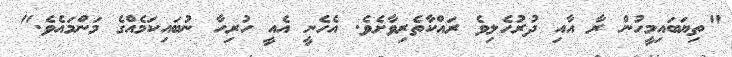
"ތިޔަބައިމީހުން ރާ އާއި ދުރުހެލިވެ ރައްކާތެރިވާށެވެ. އެހެނީ އެއީ ހުރިހާ ނުބައިކަމެއްގެ މަންމައެވެ."